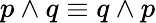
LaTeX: p\wedge q\equiv q\wedge p